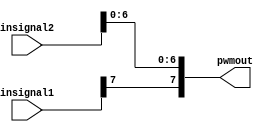
`timescale 1ns / 1ps

module directionbit(insignal1,insignal2,pwmout  );
input  [7:0]insignal1;
input  [7:0]insignal2;
output  [7:0]pwmout;

reg[7:0]k=0;

always@(insignal2)  begin
 k[7] <= insignal1[7];
 k[6:0] <= insignal2[6:0];
  
end

assign pwmout = k;

 

endmodule